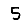
Digit: 5